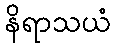
နိရာသယံ